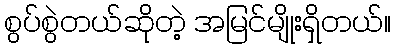
စွပ်စွဲတယ်ဆိုတဲ့ အမြင်မျိုးရှိတယ်။